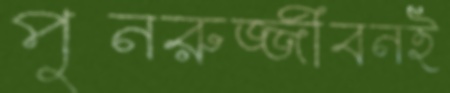
পুনরুজ্জীবনই